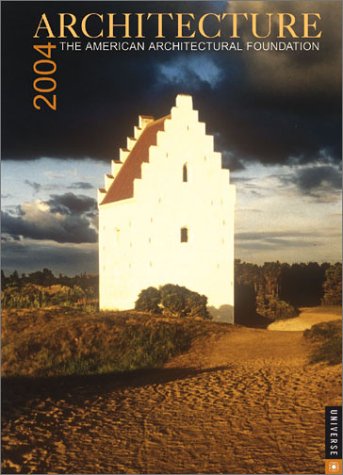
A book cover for Architecture 2004 Engagement Calendar; American Architectural Foundation; Calendars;